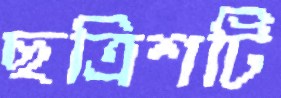
ছত্রিশটি